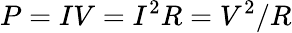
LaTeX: P=IV=I^{2}R=V^{2}/R